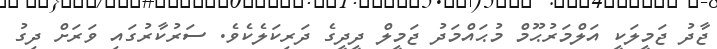
ޖާދު ޖަމީލަކީ އަލްމަރުޙޫމް މުޙައްމަދު ޖަމީލް ދީދީގެ ދަރިކަލެކެވެ. ސަރުކާރުގައި ވަރަށް ދިގު